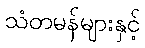
သံတမန်များနှင့်